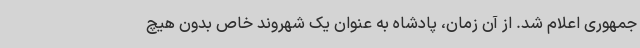
جمهوری اعلام شد. از آن زمان، پادشاه به عنوان یک شهروند خاص بدون هیچ